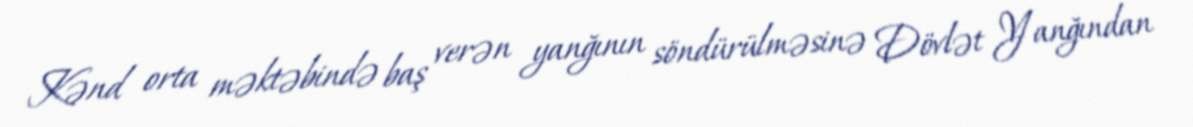
Kənd orta məktəbində baş verən yanğının söndürülməsinə Dövlət Yanğından